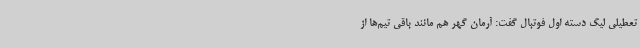
تعطیلی لیگ دسته اول فوتبال گفت: آرمان گهر هم مانند باقی تیم‌ها از